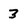
Character: 3